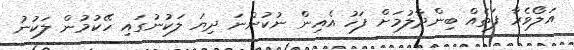
އަލޯވެރާ ފަތެއް ބިންދާލުމަށް ފަހު އެއިން ނުކުންނަ ދިޔަ ލަކުނުގައި ހޭކުމުން ލަކުނު